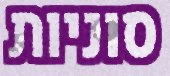
סוניות